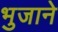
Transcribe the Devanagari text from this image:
भुजाने